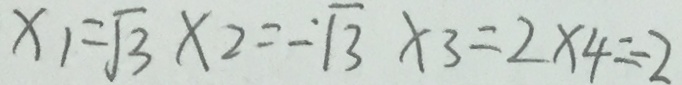
x _ { 1 } = \sqrt { 3 } x _ { 2 } = - \sqrt { 3 } x _ { 3 } = 2 x _ { 4 } = - 2